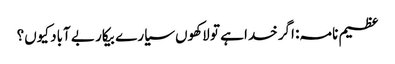
عظیم نامہ: اگر خدا ہے تو لاکھوں سیارے بیکار بے آباد کیوں؟